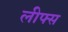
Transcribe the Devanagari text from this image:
लीफ्स